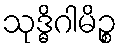
သုဒ္ဓိဂါမိဉ္စ